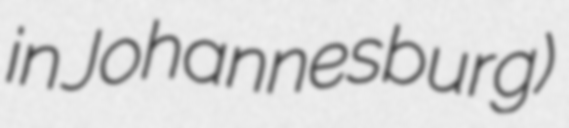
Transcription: in Johannesburg)